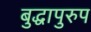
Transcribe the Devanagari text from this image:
बुद्धापुरुप